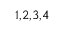
^ { 1 , 2 , 3 , 4 }